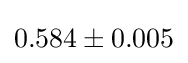
0.584\pm 0.005